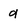
Character: d